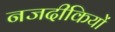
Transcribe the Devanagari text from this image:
नजदीकियों